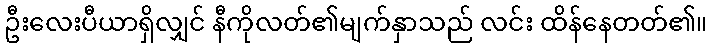
ဦးလေးပီယာရှိလျှင် နီကိုလတ်၏မျက်နှာသည် လင်း ထိန်နေတတ်၏။